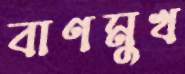
বাণমুখ